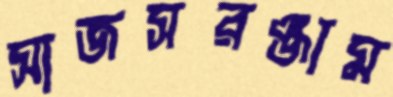
সাজসরঞ্জাম